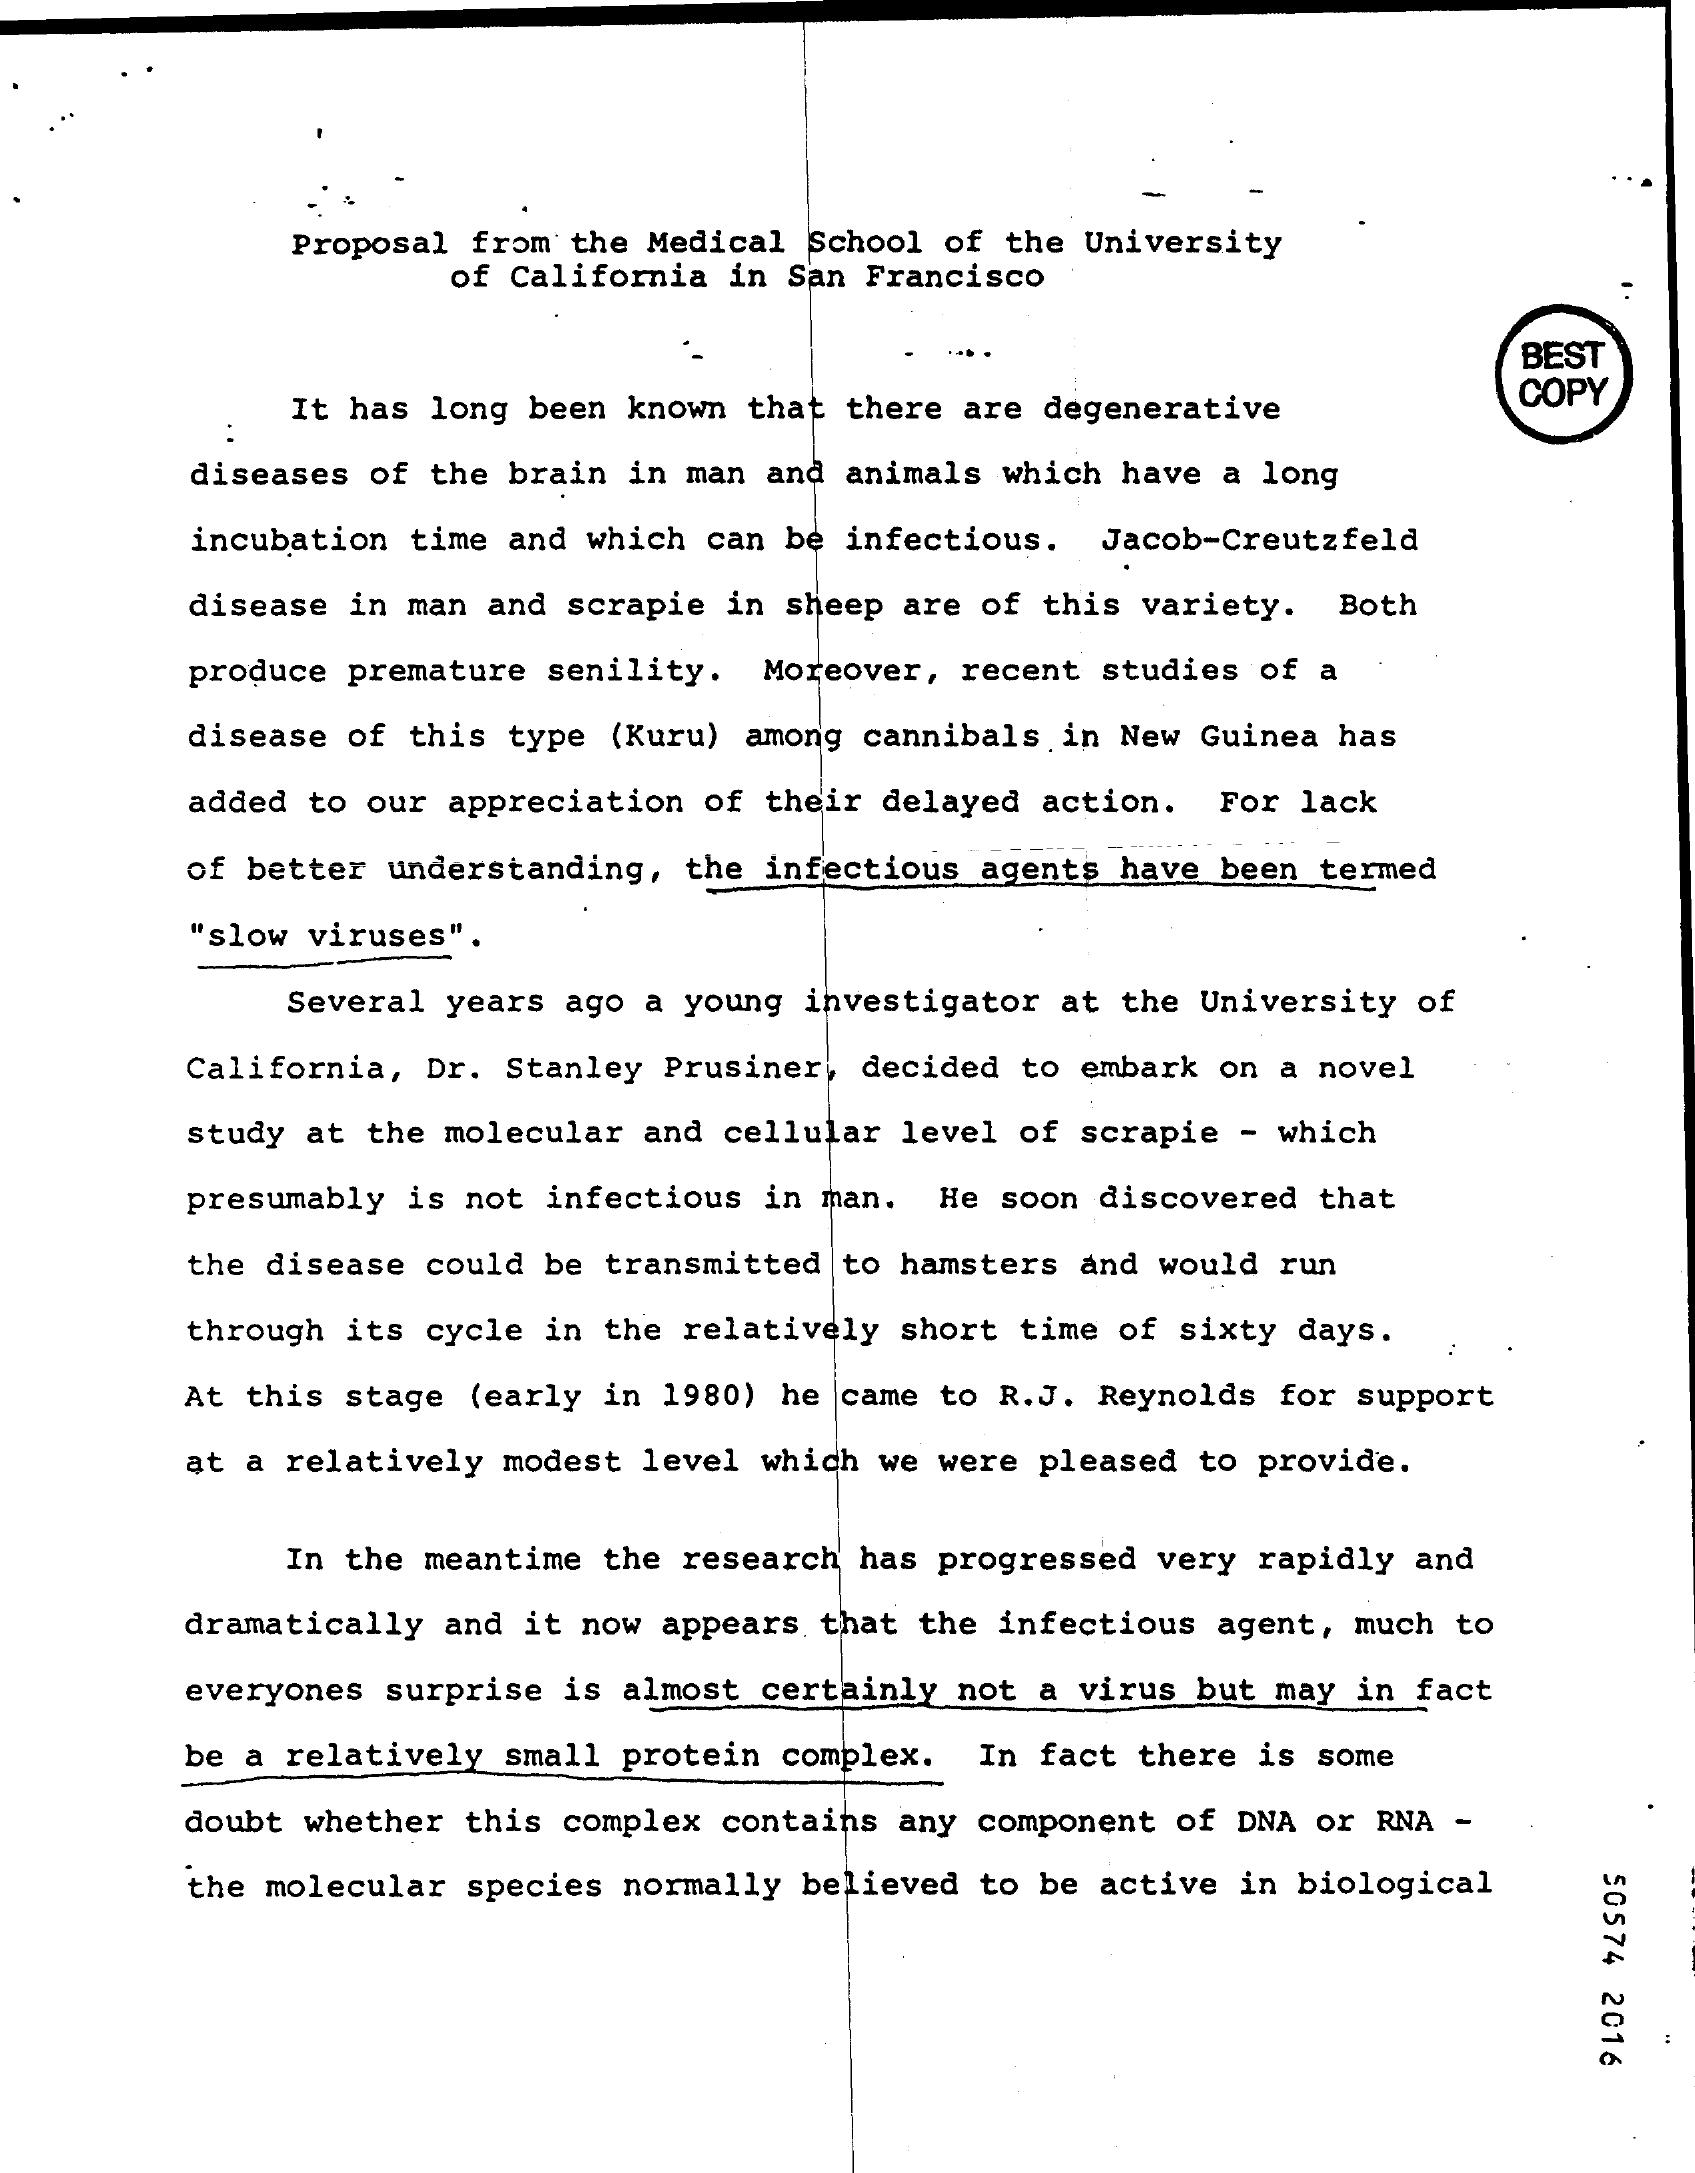
Proposal from the Medical School of the University
     of California in San Francisco
     BEST
     It has long been known that there are degenerative
     COPY
     :
     diseases of the brain in man and animals which have a long
     incubation time and which can be infectious. Jacob-Creutzfeld
     disease in man and scrapie in sheep are of this variety. Both
     produce premature senility. Moreover, recent studies of a
     disease of this type (Kuru) among cannibals in New Guinea has
     added to our appreciation of their delayed action. For lack
     of better understanding, the infectious agents have been termed
     "slow viruses".
     Several years ago a young investigator at the University of
     California, Dr. Stanley Prusiner, decided to embark on a novel
     study at the molecular and cellular level of scrapie - which
     presumably is not infectious in man. He soon discovered that
     the disease could be transmitted to hamsters and would run
     through its cycle in the relatively short time of sixty days.
     At this stage (early in 1980) he came to R.J. Reynolds for support
     at a relatively modest level which we were pleased to provide.
     In the meantime the research has progressed very rapidly and
     dramatically and it now appears that the infectious agent, much to
     everyones surprise is almost certainly not a virus but may in fact
     be a relatively small protein complex. In fact there is some
     doubt whether this complex contains any component of DNA or RNA -
     50574
     2016
     the molecular species normally believed to be active in biological